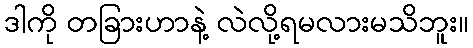
ဒါကို တခြားဟာနဲ့ လဲလို့ရမလားမသိဘူး။